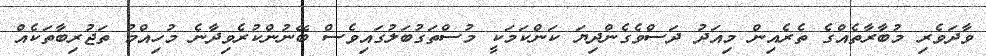
ވާދަވެރި މުބާރާތެއްގެ ތެރެއިން މިއަދު ދަސްވެގެންދިޔަ ކަންކަމަކީ މުސްތަގުބަލުގައިވެސް ބޭނުންކުރެވިދާނެ މުހިއްމު ތަޖުރިބާތަކެއް